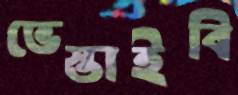
ভেস্তাইবি